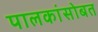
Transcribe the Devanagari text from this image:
पालकांसोबत